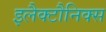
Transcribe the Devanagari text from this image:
इलैक्टौनिक्स